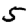
Digit: 5